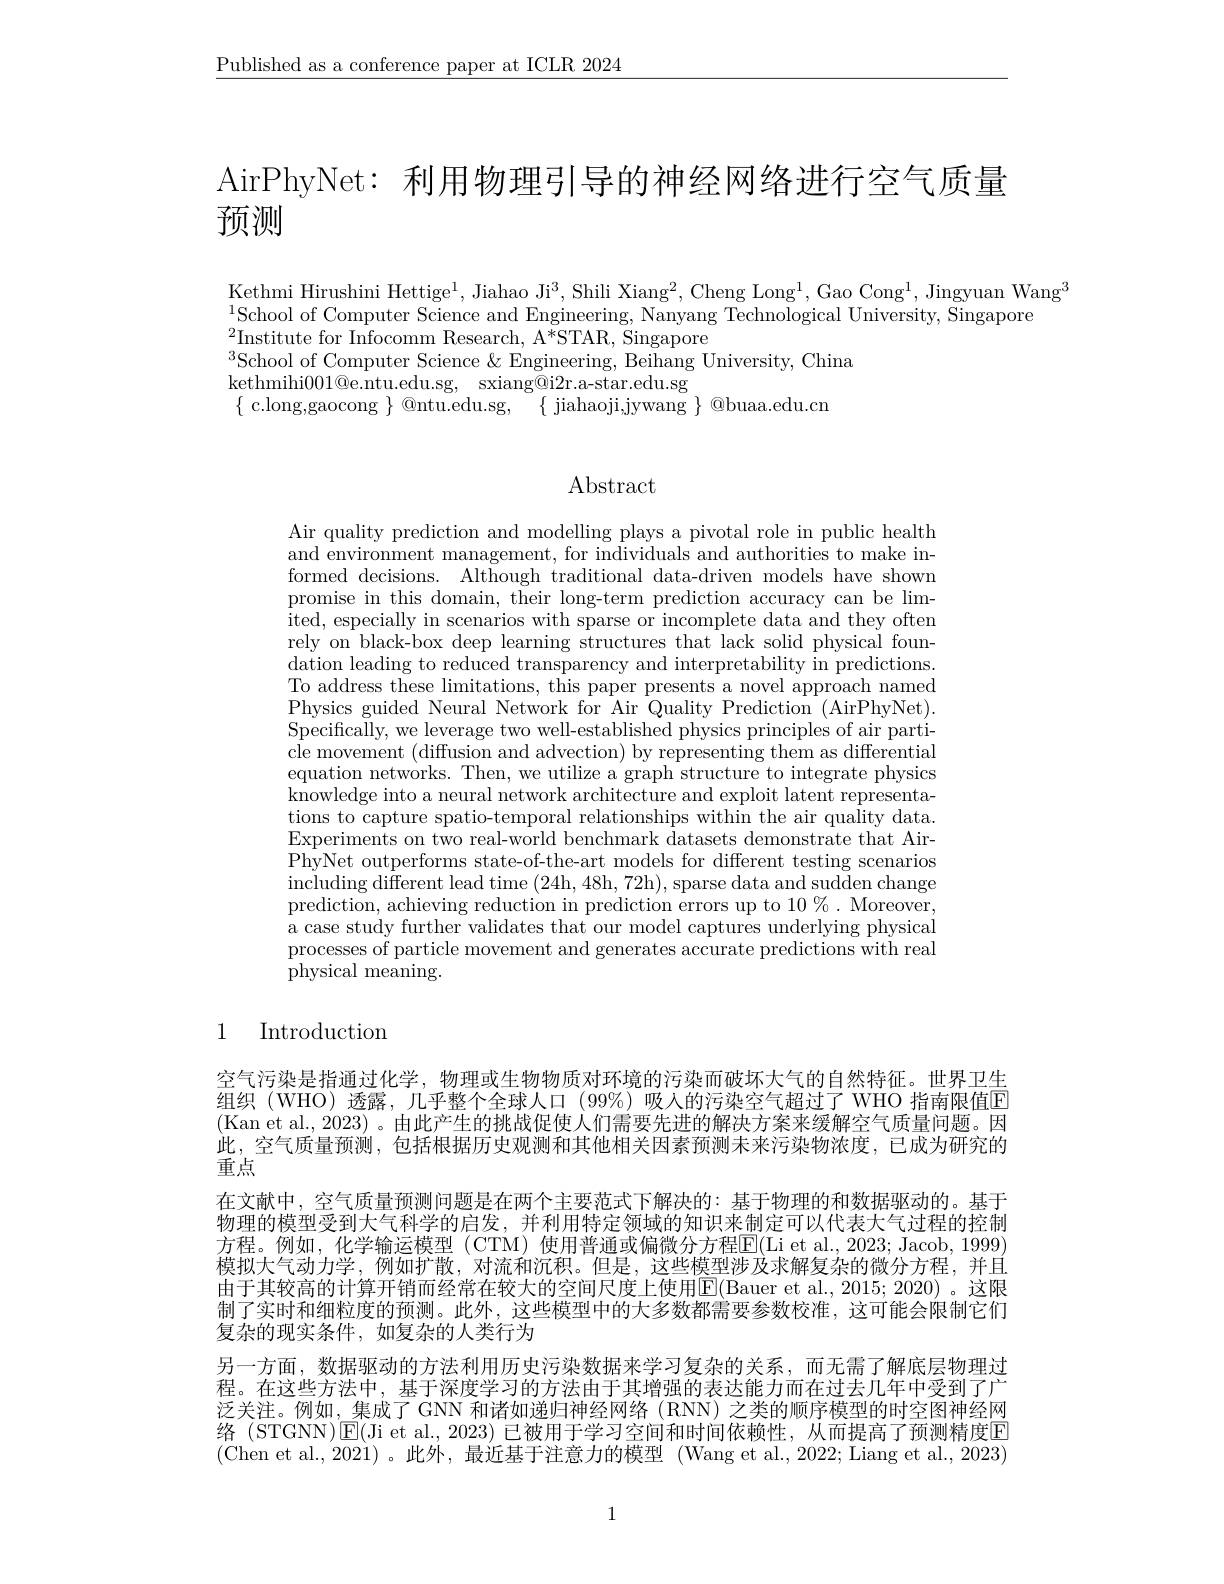
$\underline{\text{Published as a conference paper at ICLR 2024}}$

AirPhyNet: 利用物理引导的神经网络进行空气质量

预测

Kethmi Hirushini Hettige$^1$, Jiahao Ji$^3$, Shili Xiang$^2$, Cheng Long$^1$, Gao Cong$^1$, Jingyuan Wang$^3$
$^{1}$School of Computer Science and Engineering, Nanyang Technological University, Singapore
$^{2}$Institute for Infocomm Research, A*STAR, Singapore
$^{3}$School of Computer Science & Engineering, Beihang University, China
kethmihi001@ e. ntu. edu. sg, sxiang@i2r.a-star.edu.sg
$\{$ c.long,gaocong $\}$ @ntu.edu.sg, $\{$ jiahaoji,jywang $\}$ @buaa.edu.cn

## $\operatorname{Abstract}$

Air quality prediction and modelling plays a pivotal role in public health and environment management, for individuals and authorities to make informed decisions. Although traditional data-driven models have shown promise in this domain, their long-term prediction accuracy can be $\lim-$ ited, especially in scenarios with sparse or incomplete data and they often rely on black-box deep learning structures that lack solid physical foundation leading to reduced transparency and interpretability in predictions. To address these limitations, this paper presents a novel approach named Physics guided Neural Network for Air Quality Prediction (AirPhyNet). Specifically, we leverage two well-established physics principles of air particle movement (diffusion and advection) by representing them as differential equation networks. Then, we utilize a graph structure to integrate physics $\dot{\text{knowledge into a neural network architecture and exploit latent representa-}}$ tions to capture spatio-temporal relationships within the air quality data. Experiments on two real-world benchmark datasets demonstrate that AirPhyNet outperforms state-of-the-art models for different testing scenarios $\operatorname{including}\operatorname{different}\operatorname{lead}\operatorname{time}(24$h,48h,72h$),\operatorname{sparse}\operatorname{data}\operatorname{and}\operatorname{sudden}\operatorname{change}$ $\bar{\text{prediction, achieving reduction in prediction errors up to 10 \%. Moreover,}}$ a case study further validates that our model captures underlying physical processes of particle movement and generates accurate predictions with real physical meaning.

# 1 Introduction

空气污染是指通过化学，物理或生物物质对环境的污染而破坏大气的自然特征。世界卫生组织(WHO)透露，几乎整个全球人口(99%)吸入的污染空气超过了WHO 指南限值E (Kan et al., 2023) 。由此产生的挑战促使人们需要先进的解决方案来缓解空气质量问题。因此，空气质量预测，包括根据历史观测和其他相关因素预测未来污染物浓度，已成为研究的重点
在文献中，空气质量预测问题是在两个主要范式下解决的：基于物理的和数据驱动的。基于物理的模型受到大气科学的启发，并利用特定领域的知识来制定可以代表大气过程的控制方程。例如，化学输运模型(CTM) 使用普通或偏微分方程E(Li et al., 2023; Jacob, 1999) 模拟大气动力学，例如扩散，对流和沉积。但是，这些模型涉及求解复杂的微分方程，并且由于其较高的计算开销而经常在较大的空间尺度上使用$\overline{\mathbb{E}}($Bauer et al., 2015; 2020) 。这限制了实时和细粒度的预测。此外，这些模型中的大多数都需要参数校准，这可能会限制它们复杂的现实条件，如复杂的人类行为
另一方面，数据驱动的方法利用历史污染数据来学习复杂的关系，而无需了解底层物理过程。在这些方法中，基于深度学习的方法由于其增强的表达能力而在过去几年中受到了广泛关注。例如，集成了 GNN 和诸如递归神经网络(RNN)之类的顺序模型的时空图神经网络 (STGNN)$\boxed{\mathrm{E}}($Ji et al.,2023)已被用于学习空间和时间依赖性，从而提高了预测精度回(Chen et al.,2021)。此外，最近基于注意力的模型 (Wang et al.,2022; Liang et al., 2023)

1